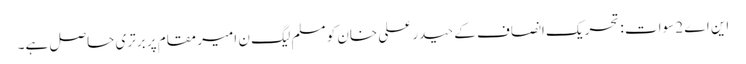
این اے 2 سوات : تحریک انصاف کے حیدر علی خان کو مسلم لیگ ن امیر مقام پر برتری حاصل ہے۔